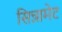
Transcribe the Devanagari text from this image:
सिन्नामेट